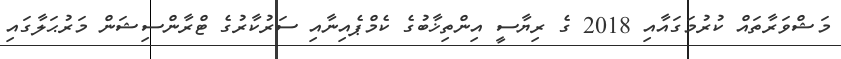
މަޝްވަރާތައް ކުރުމަގައާއި 2018 ގެ ރިޔާސީ އިންތިޚާބުގެ ކެމްޕެއިނާއި ސަރުކާރުގެ ޓްރާންސިޝަން މަރުޙަލާގައި